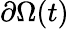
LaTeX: \partial\Omega(t)